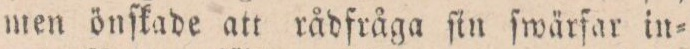
men önſkade att rådfråga fin ſwärfar in=